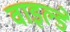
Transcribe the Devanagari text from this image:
वाइल्डे